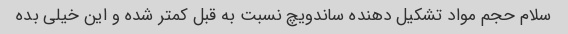
سلام حجم مواد تشکیل دهنده ساندویچ نسبت به قبل کمتر شده و این خیلی بده